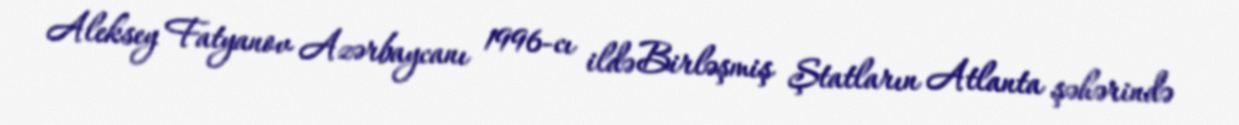
Aleksey Fatyanov Azərbaycanı 1996-cı ildə Birləşmiş Ştatların Atlanta şəhərində